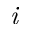
\textit { i }